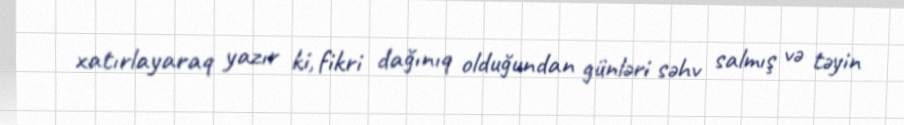
xatırlayaraq yazır ki, fikri dağınıq olduğundan günləri səhv salmış və təyin